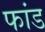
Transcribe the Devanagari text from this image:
फांड